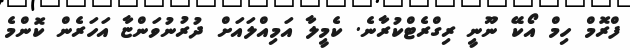
ފްރޮމް ހިމް އޯކޭ ނޫނީ ރިގްރެޓްކުރާނެ. ކެމީލާ އަމިއްލައަށް ދުރުނުވަންޏާ އަހަރެން ކޮންމެ